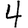
Digit: 4